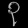
Digit: ၃